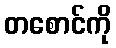
တစောင်ကို